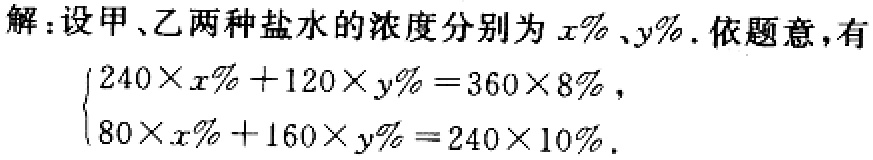
解：设甲、乙两种盐水的浓度分别为\(x\%\)、\(y\%\). 依题意，有
\(\begin{cases}
240\times x\% + 120\times y\% = 360\times 8\%\\
80\times x\% + 160\times y\% = 240\times 10\%
\end{cases}\)